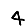
Digit: 4